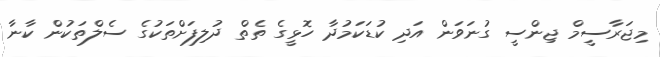
މިޖަރާސީމް ޖިންސީ ގުނަވަން އަދި ކުޑަކަމުދާ ހޮޅީގެ ތެތް ދުލިފަށްތަކުގެ ސެލްތަކުން ކާނާ